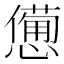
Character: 𢣍